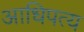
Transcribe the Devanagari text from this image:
आधिपत्य